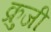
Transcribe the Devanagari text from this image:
क्रुजी